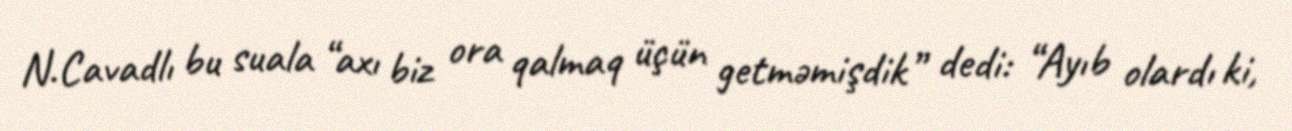
N.Cavadlı bu suala “axı biz ora qalmaq üçün getməmişdik” dedi: “Ayıb olardı ki,